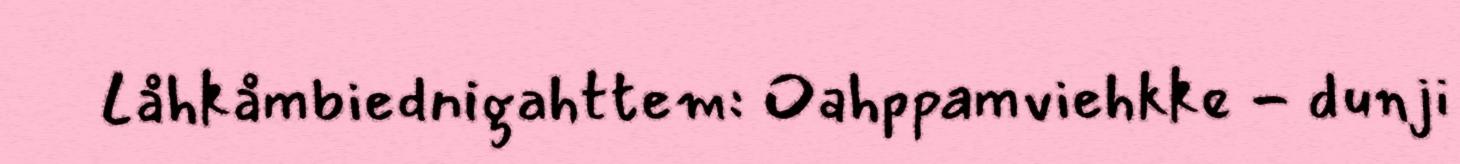
Låhkåmbiednigahttem: Oahppamviehkke - dunji